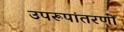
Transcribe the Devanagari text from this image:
उपरूपांतरणों